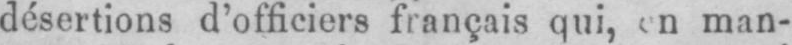
man-